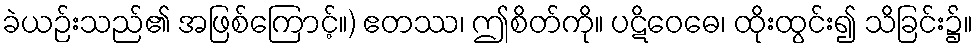
ခဲယဉ်းသည်၏ အဖြစ်ကြောင့်။) ဧတဿ၊ ဤစိတ်ကို။ ပဋိဝေဓေ၊ ထိုးထွင်း၍ သိခြင်း၌။